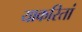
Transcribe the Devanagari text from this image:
याकरितां